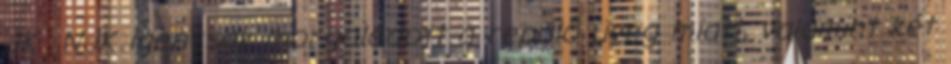
JK NJK igencsak morgolódott a repülő üveg miatt, valamint két